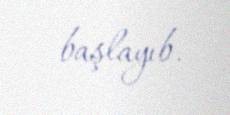
başlayıb.